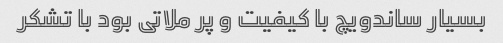
بسیار ساندویچ با کیفیت و پر ملاتی بود با تشکر